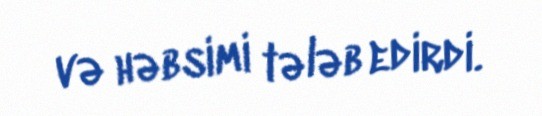
və həbsimi tələb edirdi.